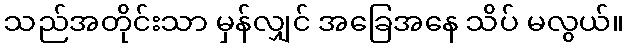
သည်အတိုင်းသာ မှန်လျှင် အခြေအနေ သိပ် မလွယ်။